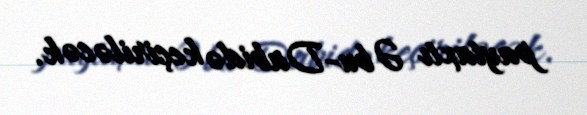
paytaxtı Əbu-Dabidə keçiriləcək.